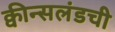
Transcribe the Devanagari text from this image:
क्वीन्सलंडची